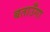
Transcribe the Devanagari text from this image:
बताउँगा